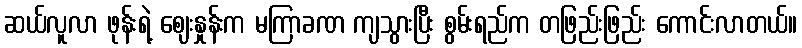
ဆယ်လူလာ ဖုန်းရဲ့ ဈေးနှုန်းက မကြာခဏ ကျသွားပြီး စွမ်းရည်က တဖြည်းဖြည်း ကောင်းလာတယ်။